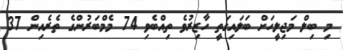
މި ބިލް މަޖިލީހަށް ބަލައިގަތީ ހާޒިރުވެ ތިއްބެވި 74 މެމްބަރުންގެ ތެރެއިން 37